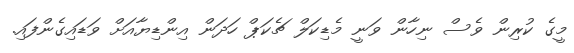
މީގެ ކުރިން ވެސް ނިހާން ވަނީ މެޑިކަލް ޗެކަޕް ހަދަން އިންޑިޔާއަށް ވަޑައިގެންފައި.